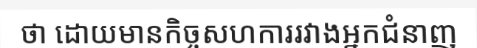
ថា ដោយមានកិច្ចសហការរវាងអ្នកជំនាញ